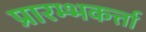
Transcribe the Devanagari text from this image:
प्रारम्भकर्त्ता